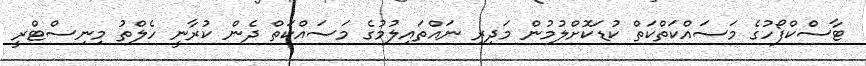
ޓާސްކްފޯހުގެ މަސައްކަތްކަތް ކުޑަކޮށްލުމުން މަދިރި ނައްތައިލުމުގެ މަސައްކަތް ދެން ކުރާނީ ހެލްތު މިނިސްޓްރީ